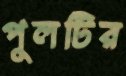
পুলটির